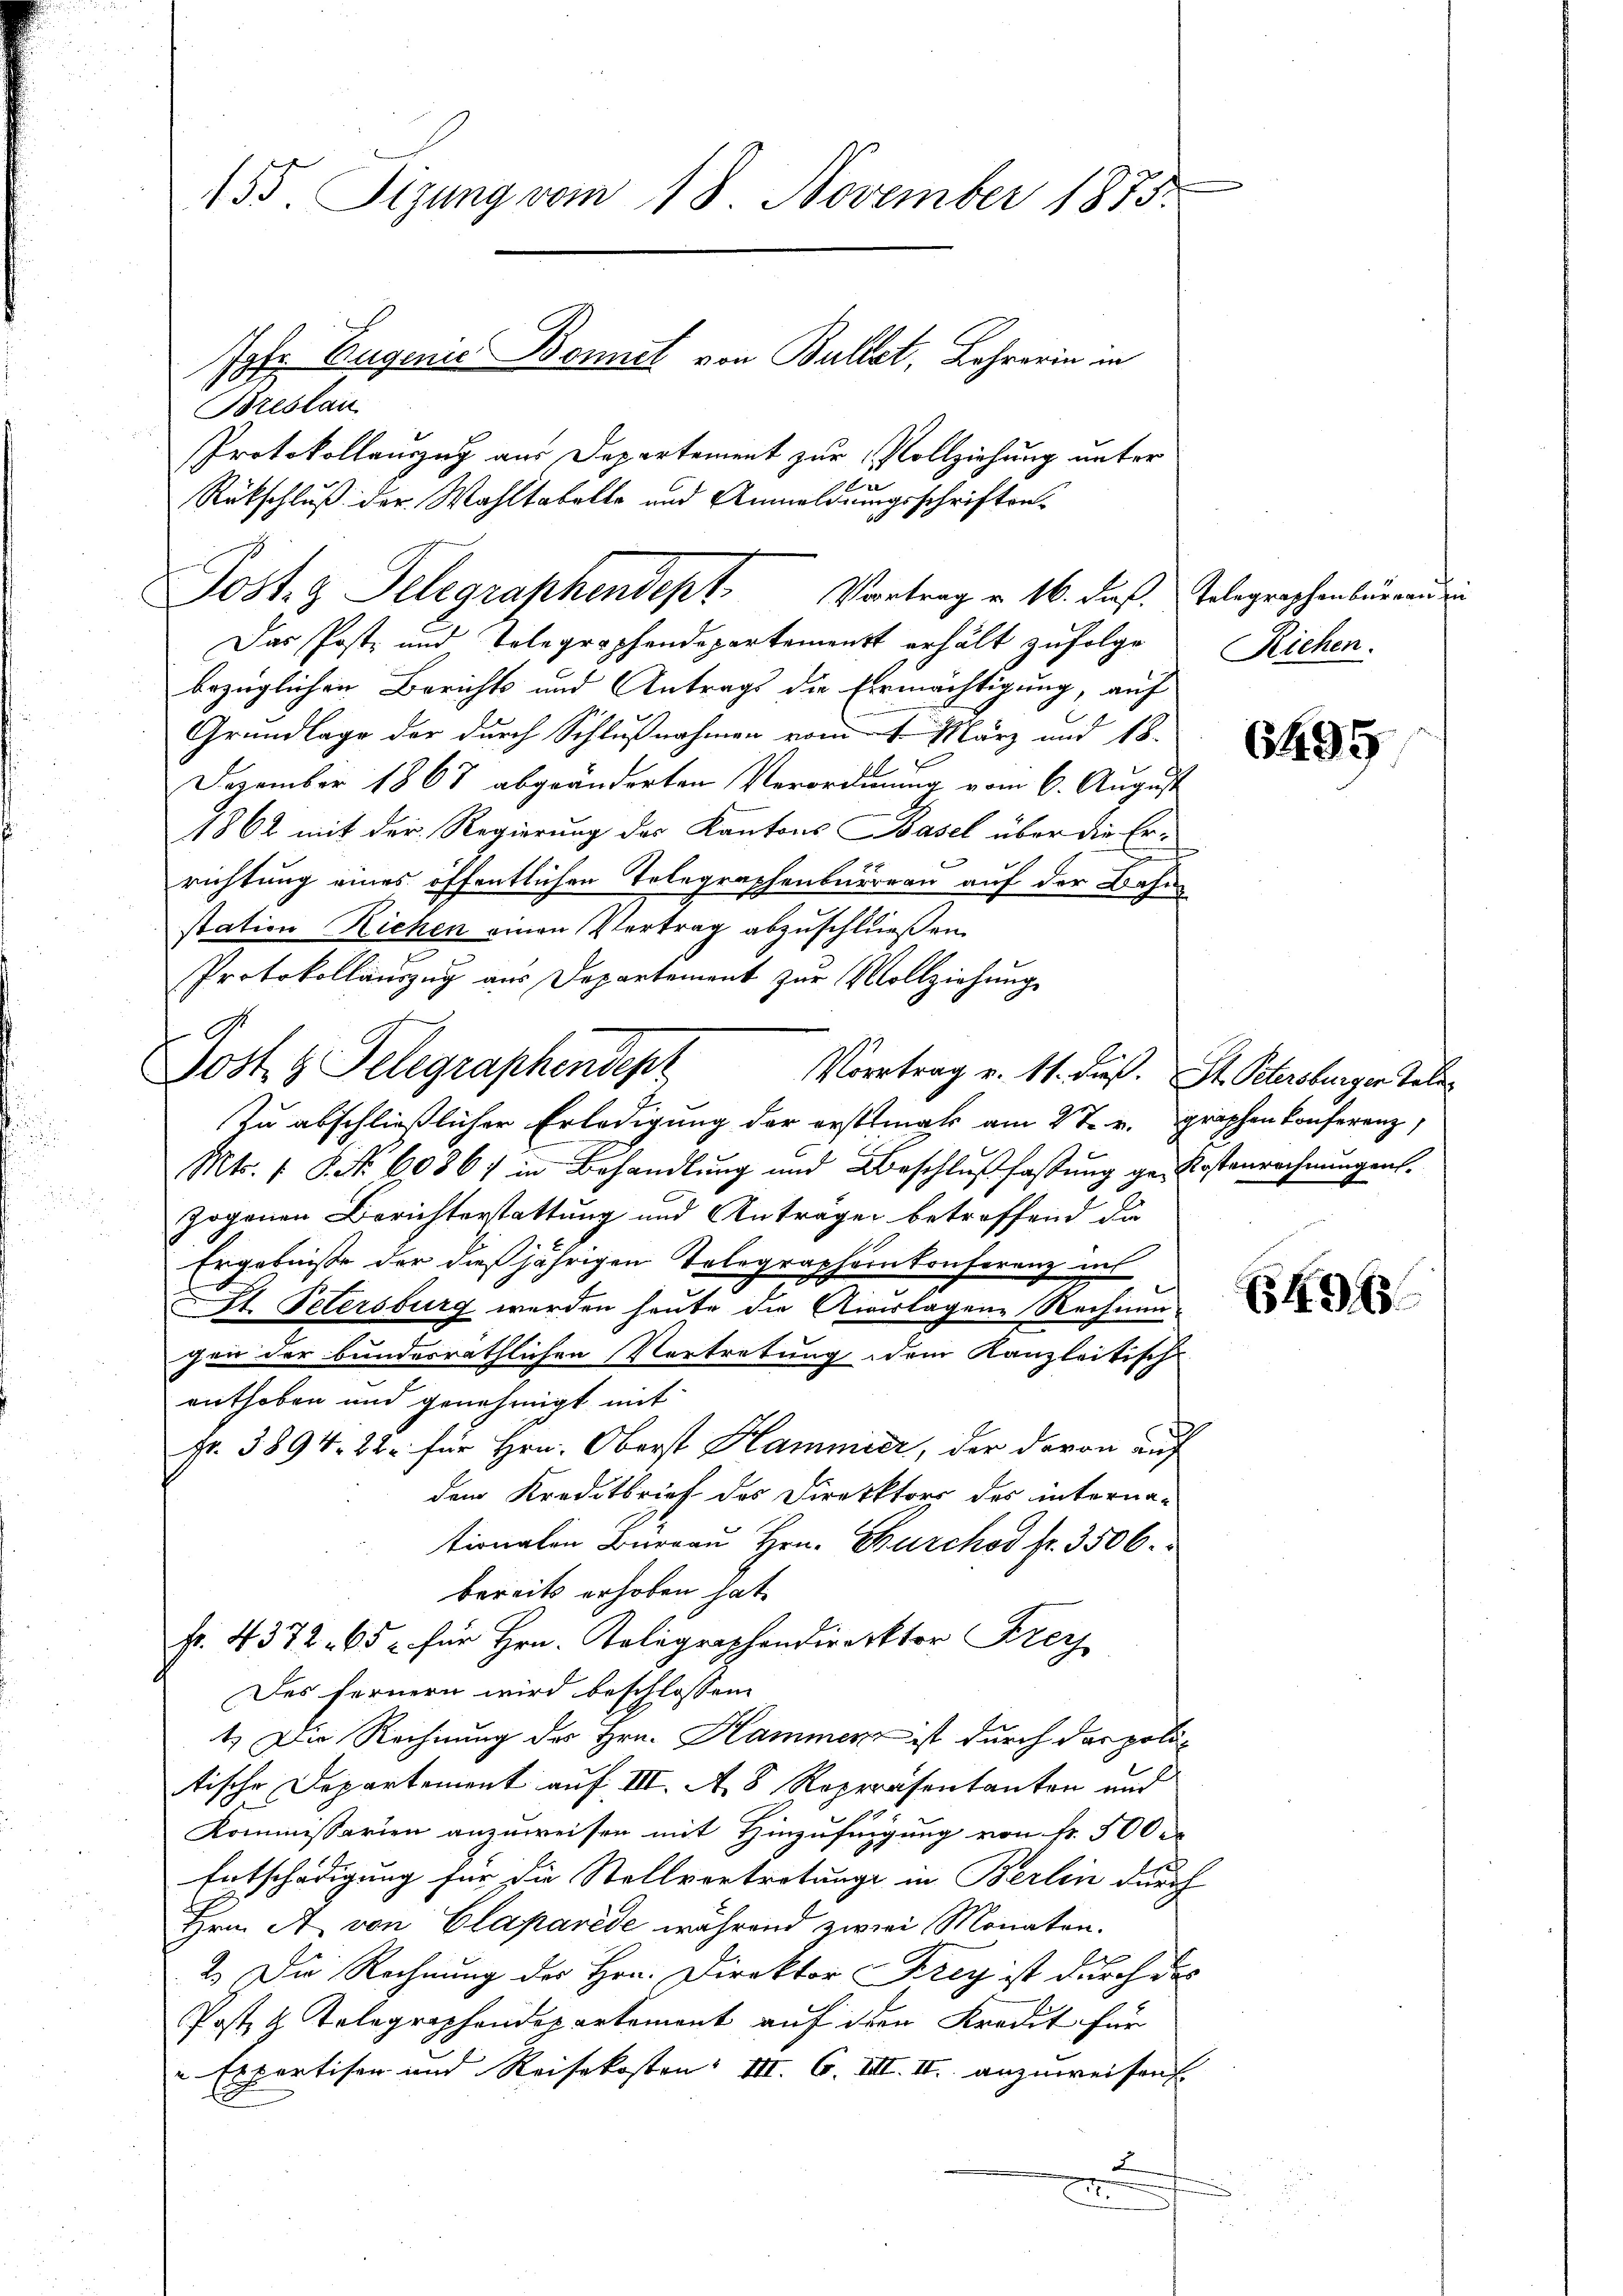
155 Sizung vom 18. November 1875.
Jofr Eugenie Bonet von Bullet, Lehrerin in
Breslau
Protokollauszug aus Departement zur Vollziehung unter
x
Rückschluß der Wahltabelle und Anmeldungsschriften¬

Post- & Gelegraphendept. Vortrag v. 16. dieß. Telegraphenbüreau ein
Das Poste und Tolegraphendepartement erhält zufolge

9.

bezüglichen Berichts und Antrags die Ermächtigung, auf
Grundlage der durch Schlußnahmen vom 1. März und 18.
Dezember 1867 abgeänderten Verordnung vom 6. August
1862 mit der Regierung der Kantons Basel über die Ere
richtung eines öffentlichen Telegraphenbureau auf der Bahnstation Richen einen Vertrag abzuschließen.
Protokollauszug aus Departement zŭr Vollziehung
Vortrag v. 11. dieß. St. Petersburger Tele¬
Zu abschließlicher Erledigung der erstemals am 27. v. graphen Conferenz
Mts. 1 S. Nr. 6036) in Behandlung und Beschlußfassung ge- Kostenrechnungen.
zogenen Berichterstattung und Anträgen betreffend die
Ergebniße der dießjährigen Telegraphernkonferenz ins
St. Petersburg werden heute die Auslagene Rechnungen der bundesräthlichen Vertretung dem Kanzleitisch-
enthoben und genehmigt mit
Fr. 3894. 22 für Hrn. Oberst Hammier, der davon auf
dem Kreditbrief des Direktors des interna-
tionalen Büreau Hrn. Burch fr. 3506.
bereits erhoben hat.
Fr. 4372. 65 für Hrn. Kolegraphendirektor Frey
Des fernern wird beschlossen
1.) Die Rechnung des Hrn. Hammerz ist durch das politische Departement auf III. A. 8 Repräsentanton und
Kommissarien anzuweisen mit Hinzufügung von Fr. 500
Entschädigung für die Stellvertretungs in Berlin durch
Hrn. A. von Clapavide während zwei Monaten.
u
2.) Die Rechnung des Hrn. Direktor Krey ist durch des
Post & Telegraphendepartement auf den Kredit für
" Expertisen und Reisekosten III. 6. VIII. II. anzuweisen
2
x

Jost 3 Telegraphendepr

Riehen.

6495

64943.